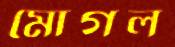
মোগল